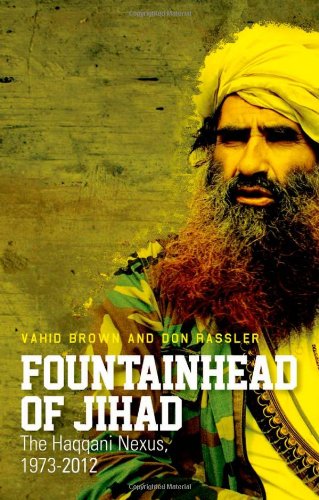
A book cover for Fountainhead of Jihad: The Haqqani Nexus, 1973-2012; Vahid Brown; History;